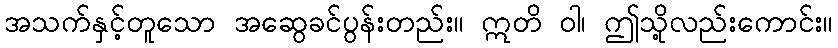
အသက်နှင့်တူသော အဆွေခင်ပွန်းတည်း။ ဣတိ ဝါ၊ ဤသို့လည်းကောင်း။